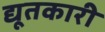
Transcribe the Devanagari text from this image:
द्यूतकारी